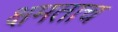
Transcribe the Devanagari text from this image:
क्षमताच